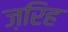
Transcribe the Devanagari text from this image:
ज़रिह